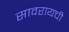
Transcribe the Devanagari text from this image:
सावरायची